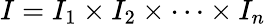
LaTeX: I=I_{1}\times I_{2}\times\cdots\times I_{n}